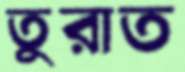
তুরাত